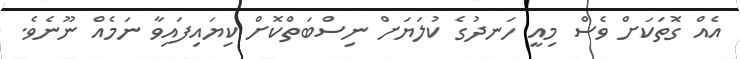
އެއް ގޮތަކަށް ވެސް މިއީ ހަނދުގެ ކުލަޔަށް ނިސްބަތްކޮށް ކިޔައިފައިވާ ނަމެއް ނޫނެވެ.